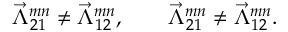
\vec { \Lambda } _ { 2 1 } ^ { m n } \neq \vec { \Lambda } _ { 1 2 } ^ { m n } , \qquad \vec { \Lambda } _ { 2 1 } ^ { m n } \neq \vec { \Lambda } _ { 1 2 } ^ { m n } .